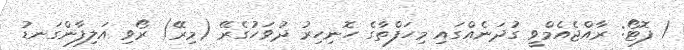
/ ފޮޓޯ: ރާއްޖެއެމްވީ ގުދަނެއްގައި މިހަފްތާގެ ހޮނިހިރު ދުވަހުގެރޭ (މިރޭ) ރޯވި އަލިފާންގަނޑު